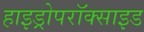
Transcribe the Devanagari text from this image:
हाइड्रोपरॉक्साइड